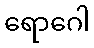
ရောဂေါ